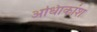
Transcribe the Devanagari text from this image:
अधिाकांश